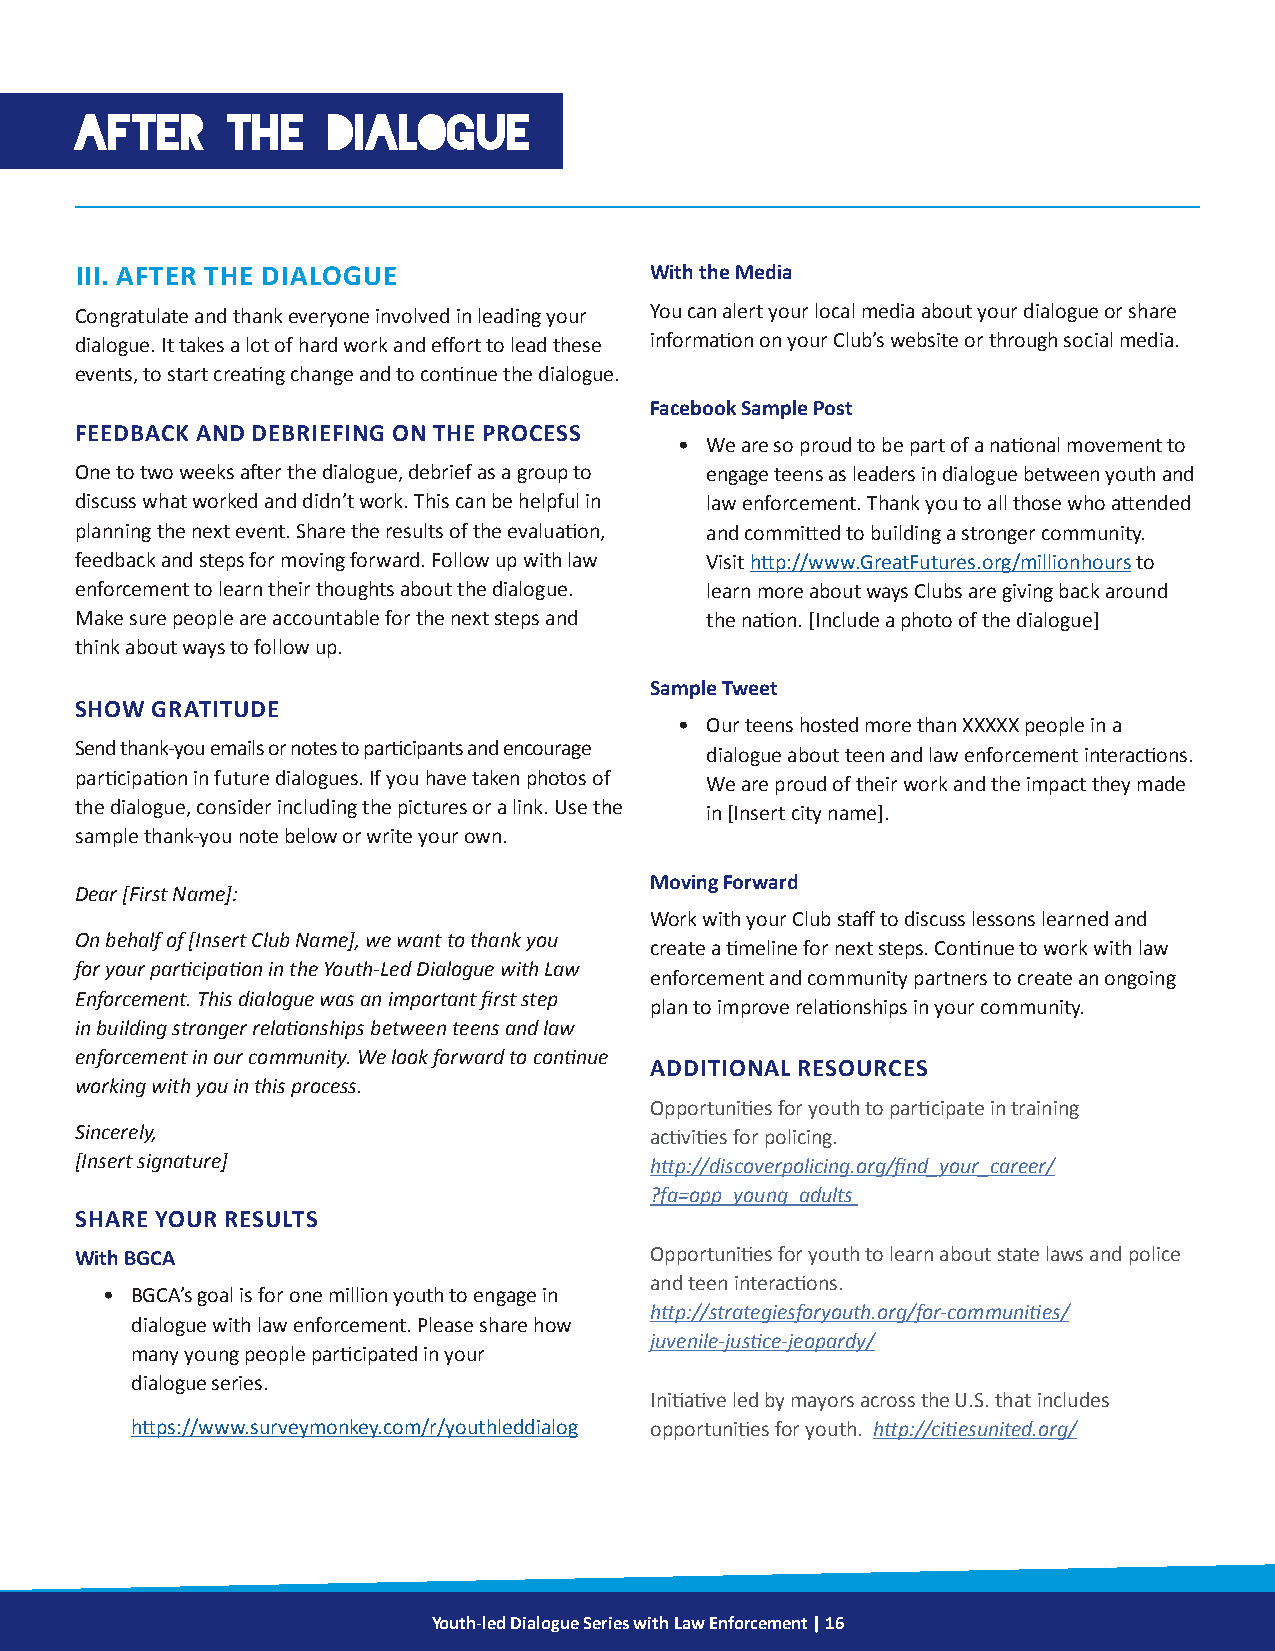
AFTER     THE    DIALOGUE
 III. AFTER THE DIALOGUE               With the Media
 Congratulate and thank everyone involved in leading your You can alert your local media about your dialogue or share
 dialogue. It takes a lot of hard work and effort to lead these information on your Club’s website or through social media.
 events, to start creating change and to continue the dialogue.
 Facebook Sample Post
 FEEDBACK AND DEBRIEFING ON THE PROCESS
 • We are so proud to be part of a national movement to
 One to two weeks after the dialogue, debrief as a group to engage teens as leaders in dialogue between youth and
 discuss what worked and didn’t work. This can be helpful in law enforcement. Thank you to all those who attended
 planning the next event. Share the results of the evaluation, and committed to building a stronger community.
 feedback and steps for moving forward. Follow up with law Visit http://www.GreatFutures.org/millionhours to
 enforcement to learn their thoughts about the dialogue. learn more about ways Clubs are giving back around
 Make sure people are accountable for the next steps and the nation. [Include a photo of the dialogue]
 think about ways to follow up.
 Sample Tweet
 SHOW GRATITUDE
 • Our teens hosted more than XXXXX people in a
 Send thank-you emails or notes to participants and encourage dialogue about teen and law enforcement interactions.
 participation in future dialogues. If you have taken photos of We are proud of their work and the impact they made
 the dialogue, consider including the pictures or a link. Use the in [Insert city name].
 sample thank-you note below or write your own.
 Moving Forward
 Dear [First Name]:
 Work with your Club staff to discuss lessons learned and
 On behalf of [Insert Club Name], we want to thank you
 create a timeline for next steps. Continue to work with law
 for your participation in the Youth-Led Dialogue with Law
 enforcement and community partners to create an ongoing
 Enforcement. This dialogue was an important first step
 plan to improve relationships in your community.
 in building stronger relationships between teens and law
 enforcement in our community. We look forward to continue
 ADDITIONAL RESOURCES
 working with you in this process.
 Opportunities for youth to participate in training
 Sincerely,                            activities for policing.
 [Insert signature]                    http://discoverpolicing.org/find_your_career/
 ?fa=opp_young_adults
 SHARE YOUR RESULTS
 With BGCA                             Opportunities for youth to learn about state laws and police
 and teen interactions.
 • BGCA’s goal is for one million youth to engage in
 http://strategiesforyouth.org/for-communities/
 dialogue with law enforcement. Please share how
 juvenile-justice-jeopardy/
 many young people participated in your
 dialogue series.
 Initiative led by mayors across the U.S. that includes
 https://www.surveymonkey.com/r/youthleddialog opportunities for youth. http://citiesunited.org/
 Youth-led Dialogue Series with Law Enforcement | 16